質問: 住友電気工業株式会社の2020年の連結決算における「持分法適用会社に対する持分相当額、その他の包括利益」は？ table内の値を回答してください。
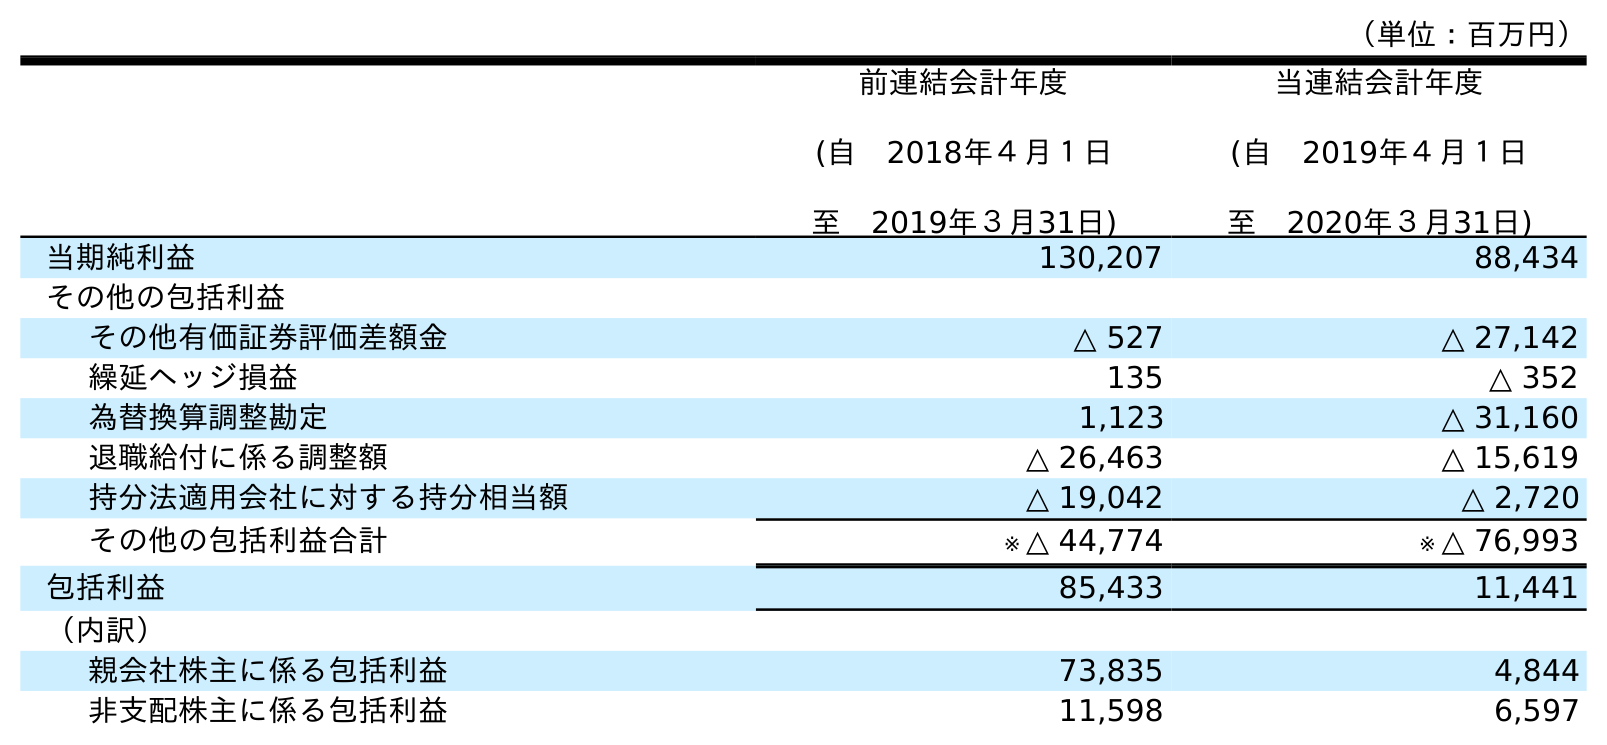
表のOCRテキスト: （単位：百万円） 前連結会計年度 (自 2018年４月１日 至 2019年３月31日) 当連結会計年度 (自 2019年４月１日 至 2020年３月31日) 当期純利益 130,207 88,434 その他の包括利益 その他有価証券評価差額金 △ 527 △ 27,142 繰延ヘッジ損益 135 △ 352 為替換算調整勘定 1,123 △ 31,160 退職給付に係る調整額 △ 26,463 △ 15,619 持分法適用会社に対する持分相当額 △ 19,042 △ 2,720 その他の包括利益合計 ※ △ 44,774 ※ △ 76,993 包括利益 85,433 11,441 （内訳） 親会社株主に係る包括利益 73,835 4,844 非支配株主に係る包括利益 11,598 6,597
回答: △2,720